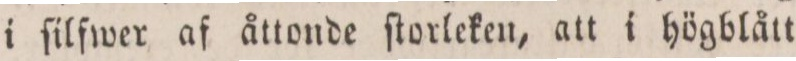
i ſilfwer af åttonde ſtorleken, att i högblått